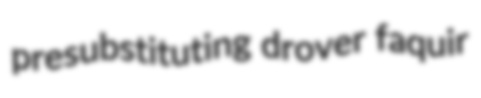
presubstituting drover faquir